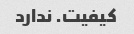
کیفیت. ندارد